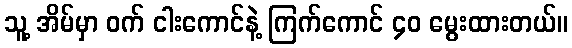
သူ့ အိမ်မှာ ဝက် ငါးကောင်နဲ့ ကြက်ကောင် ၄၀ မွေးထားတယ်။